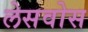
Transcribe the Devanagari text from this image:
लेसवोस